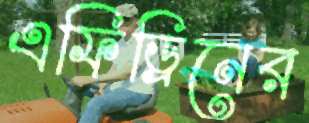
এফিড্রিনের